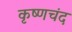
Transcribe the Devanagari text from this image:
कृष्णचंद